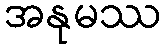
အနုမဿ